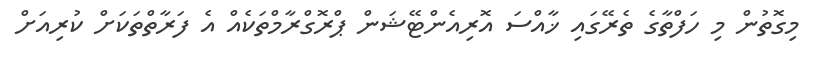
މިގޮތުން މި ހަފްތާގެ ތެރޭގައި ޚާއްސަ އޮރިއެންޓޭޝަން ޕްރޮގްރާމްތަކެއް އެ ފަރާތްތަކަށް ކުރިއަށް